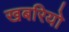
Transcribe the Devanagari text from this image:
खबरियो